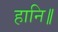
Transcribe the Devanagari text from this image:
हानि॥